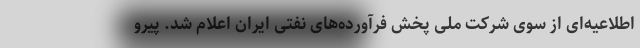
اطلاعیه‌ای از سوی شرکت ملی پخش فرآورده‌های نفتی ایران اعلام شد. پیرو